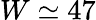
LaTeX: W\simeq 47